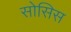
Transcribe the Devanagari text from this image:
सोसिस